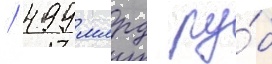
/ 499 млрд ру́б